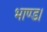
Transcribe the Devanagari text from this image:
भाण्ड।